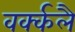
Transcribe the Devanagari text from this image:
वर्क्कलै